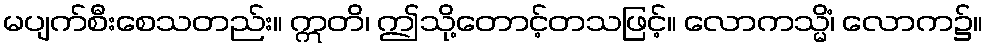
မပျက်စီးစေသတည်း။ ဣတိ၊ ဤသို့တောင့်တသဖြင့်။ လောကသ္မိံ၊ လောက၌။